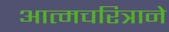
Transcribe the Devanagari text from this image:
आत्मचरित्राने